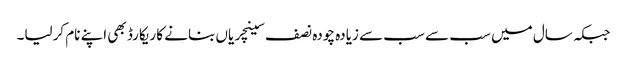
جبکہ سال میں سب سے سب سے زیادہ چودہ نصف سینچریاں بنانے کا ریکارڈ بھی اپنے نام کرلیا۔